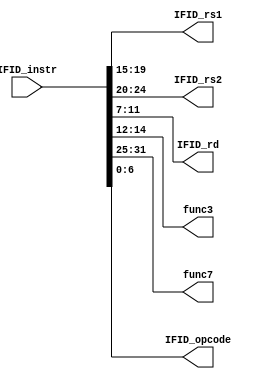
`timescale 1ns / 1ps
//////////////////////////////////////////////////////////////////////////////////
// Company: 
// Engineer: 
// 
// Design Name: 
// Module Name: Decode
// Project Name: 
// Target Devices: 
// Tool Versions: 
// Description: 
// 
// Dependencies: 
// 
// Revision:
// Revision 0.01 - File Created
// Additional Comments:
// 
//////////////////////////////////////////////////////////////////////////////////

/* 31: 25;24: 20;19: 15;14: 12;11: 7;6: 0 */
module Decode(
    input [31: 0] IFID_instr,
    output [4: 0] IFID_rs1,
    output [4: 0] IFID_rs2,
    output [4: 0] IFID_rd,
    output [2: 0] func3,
    output [6: 0] func7,
    output [6: 0] IFID_opcode
    );
    assign IFID_rs1 = IFID_instr[19: 15];
    assign IFID_rs2 = IFID_instr[24: 20];
    assign IFID_rd  = IFID_instr[11: 7];
    assign func3    = IFID_instr[14: 12];
    assign func7    = IFID_instr[31: 25];
    assign IFID_opcode   = IFID_instr[6: 0];
endmodule